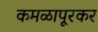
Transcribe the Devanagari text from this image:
कमळापूरकर